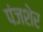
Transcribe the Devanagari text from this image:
पंजशेर